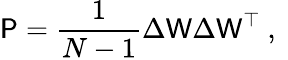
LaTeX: \mathsf{P}=\frac{1}{N-1}\Delta\mathsf{W}\Delta\mathsf{W}^{\top}\mathrm{~,~}